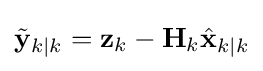
{\tilde {\mathbf {y} }}_{k\mid k}=\mathbf {z} _{k}-\mathbf {H} _{k}{\hat {\mathbf {x} }}_{k\mid k}